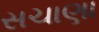
સચાણા